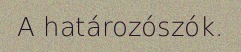
A határozószók.